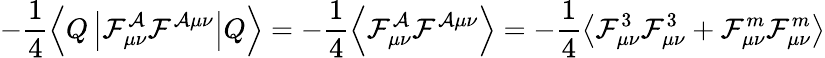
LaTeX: -\frac{1}{4}\left\langle Q\left|\cal F_{\mu\nu}^{\cal A}\cal F^{\cal A\mu\nu}\right|Q\right\rangle=-\frac{1}{4}\left\langle\cal F_{\mu\nu}^{\cal A}\cal F^{\cal A\mu\nu}\right\rangle=-\frac{1}{4}\left\langle{\cal F}_{\mu\nu}^{3}{\cal F}_{\mu\nu}^{3}+{\cal F}_{\mu\nu}^{m}{\cal F}_{\mu\nu}^{m}\right\rangle